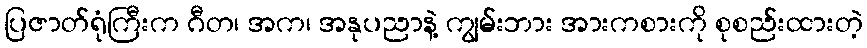
ပြဇာတ်ရုံကြီးက ဂီတ၊ အက၊ အနုပညာနဲ့ ကျွမ်းဘား အားကစားကို စုစည်းထားတဲ့